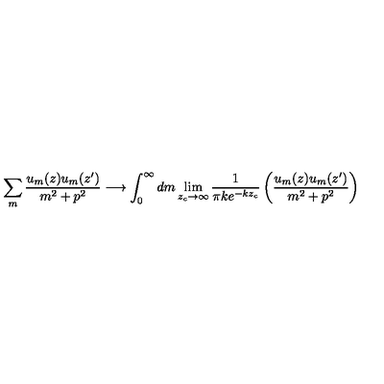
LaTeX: \sum _ { m } \frac { u _ { m } ( z ) u _ { m } ( z ^ { \prime } ) } { m ^ { 2 } + p ^ { 2 } } \longrightarrow \int _ { 0 } ^ { \infty } d m \lim _ { z _ { c } \to \infty } \frac { 1 } { \pi k e ^ { - k z _ { c } } } \left( \frac { u _ { m } ( z ) u _ { m } ( z ^ { \prime } ) } { m ^ { 2 } + p ^ { 2 } } \right)